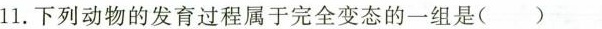
11.下列动物的发育过程属于完全变态的一组是()